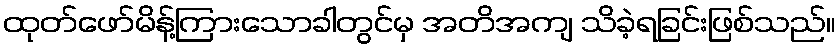
ထုတ်ဖော်မိန့်ကြားသောခါတွင်မှ အတိအကျ သိခဲ့ရခြင်းဖြစ်သည်။